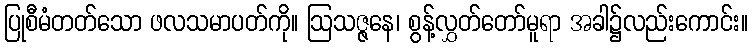
ပြုစီမံတတ်သော ဖလသမာပတ်ကို။ ဩသဇ္ဇနေ၊ စွန့်လွှတ်တော်မူရာ အခါ၌လည်းကောင်း။